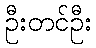
ဦးတင်ဦး